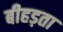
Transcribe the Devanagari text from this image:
बीहड़ता